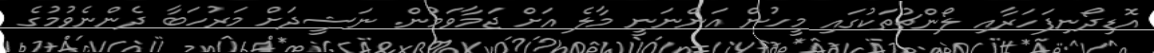
އޮޑިދޯނިފަހަރާއި ލޯންޗުތަކުގައި މީހުން އަންނަނީ މާލެ އަށް ޖަމާވަމުން. ނަޝީދަށް މަރުހަބާ ދެންނެވުމުގެ